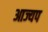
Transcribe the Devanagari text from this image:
आज्यप